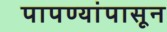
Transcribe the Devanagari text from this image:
पापण्यांपासून